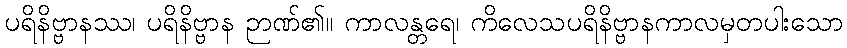
ပရိနိဗ္ဗာနဿ၊ ပရိနိဗ္ဗာန ဉာဏ်၏။ ကာလန္တရေ၊ ကိလေသပရိနိဗ္ဗာနကာလမှတပါးသော